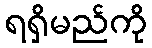
ရရှိမည်ကို